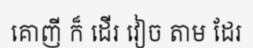
គោញី ក៏ ដើរ វៀច តាម ដែរ